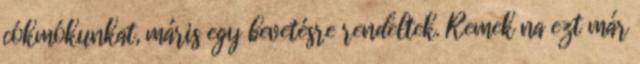
cókmókunkat, máris egy bevetésre rendeltek. Remek na ezt már